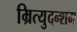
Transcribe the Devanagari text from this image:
म्रित्युदन्शम